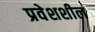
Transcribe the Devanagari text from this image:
प्रवेशशील